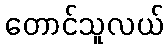
တောင်သူလယ်